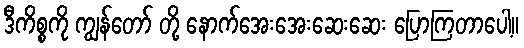
ဒီကိစ္စကို ကျွန်တော် တို့ နောက်အေးအေးဆေးဆေး ပြောကြတာပေါ့။